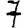
Digit: 7